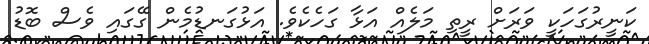
ކަނީރުގަހަކީ ވަރަށް ރީތި މަލެއް އަޅާ ގަހެކެވެ. އަޅުގަނޑުމެން ގޭގައި ވެސް ބޮޑު